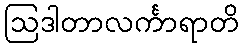
ဩဒါတာလင်္ကာရာတိ